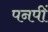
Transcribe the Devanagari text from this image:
पनपीं